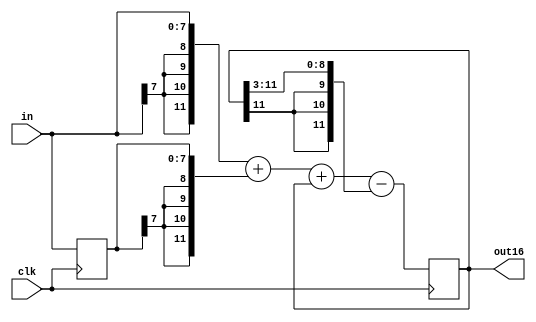
module LPF(out16,in,clk);
  output [11:0] out16;
  input [7:0] in;
  input clk;
  
  wire [11:0] out16_temp;
  assign out16_temp = {{4{in[7]}},in} +{{4{in_d[7]}},in_d}
                      +out16-{{3{out16[11]}},out16[11:3]};
  reg [11:0] out16;
  reg [7:0] in_d;
  always @(posedge clk) begin
      in_d <= in;
		out16 <= out16_temp;
  end	
endmodule